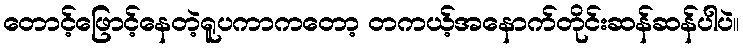
တောင့်ဖြောင့်နေတဲ့ရူပကာကတော့ တကယ့်အနောက်တိုင်းဆန်ဆန်ပါပဲ။